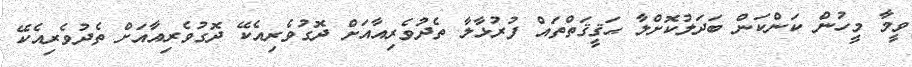
ވީމާ މީހުން ކަންކަން ބަދަލުކޮށްލާ ޙަޤީޤަތްތައް ފުރުޅާލާ ތެދުވެރިއާއަށް ދޮގުވެރިއެކޭ ދޮގުވެރިއާއަށް ތެދުވެރިއެކޭ